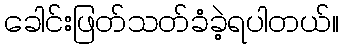
ခေါင်းဖြတ်သတ်ခံခဲ့ရပါတယ်။